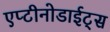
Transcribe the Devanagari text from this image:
एप्टीनोडाईट्स